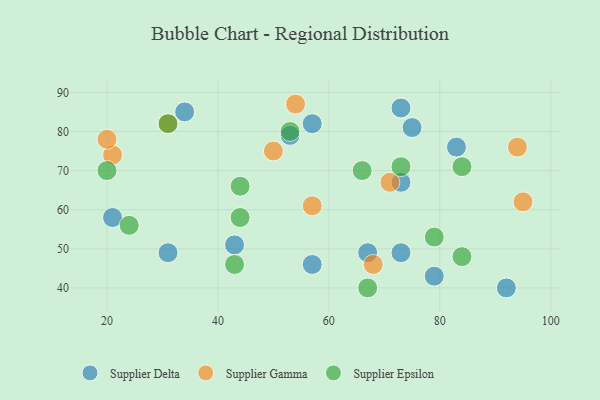
{"axis": {"x": "GDP", "y": "Life Expectancy"}, "legend": ["Supplier Delta", "Supplier Epsilon", "Supplier Gamma"], "data": [{"x": "79", "y": 43, "type": "Supplier Delta"}, {"x": "57", "y": 46, "type": "Supplier Delta"}, {"x": "73", "y": 67, "type": "Supplier Delta"}, {"x": "21", "y": 58, "type": "Supplier Delta"}, {"x": "92", "y": 40, "type": "Supplier Delta"}, {"x": "83", "y": 76, "type": "Supplier Delta"}, {"x": "57", "y": 82, "type": "Supplier Delta"}, {"x": "31", "y": 49, "type": "Supplier Delta"}, {"x": "43", "y": 51, "type": "Supplier Delta"}, {"x": "73", "y": 86, "type": "Supplier Delta"}, {"x": "73", "y": 49, "type": "Supplier Delta"}, {"x": "34", "y": 85, "type": "Supplier Delta"}, {"x": "75", "y": 81, "type": "Supplier Delta"}, {"x": "67", "y": 49, "type": "Supplier Delta"}, {"x": "53", "y": 79, "type": "Supplier Delta"}, {"x": "50", "y": 75, "type": "Supplier Gamma"}, {"x": "31", "y": 82, "type": "Supplier Gamma"}, {"x": "95", "y": 62, "type": "Supplier Gamma"}, {"x": "57", "y": 61, "type": "Supplier Gamma"}, {"x": "21", "y": 74, "type": "Supplier Gamma"}, {"x": "71", "y": 67, "type": "Supplier Gamma"}, {"x": "54", "y": 87, "type": "Supplier Gamma"}, {"x": "68", "y": 46, "type": "Supplier Gamma"}, {"x": "20", "y": 78, "type": "Supplier Gamma"}, {"x": "94", "y": 76, "type": "Supplier Gamma"}, {"x": "44", "y": 58, "type": "Supplier Epsilon"}, {"x": "66", "y": 70, "type": "Supplier Epsilon"}, {"x": "67", "y": 40, "type": "Supplier Epsilon"}, {"x": "84", "y": 71, "type": "Supplier Epsilon"}, {"x": "79", "y": 53, "type": "Supplier Epsilon"}, {"x": "84", "y": 48, "type": "Supplier Epsilon"}, {"x": "24", "y": 56, "type": "Supplier Epsilon"}, {"x": "20", "y": 70, "type": "Supplier Epsilon"}, {"x": "44", "y": 66, "type": "Supplier Epsilon"}, {"x": "31", "y": 82, "type": "Supplier Epsilon"}, {"x": "53", "y": 80, "type": "Supplier Epsilon"}, {"x": "43", "y": 46, "type": "Supplier Epsilon"}, {"x": "73", "y": 71, "type": "Supplier Epsilon"}]}